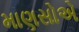
માણસોએ